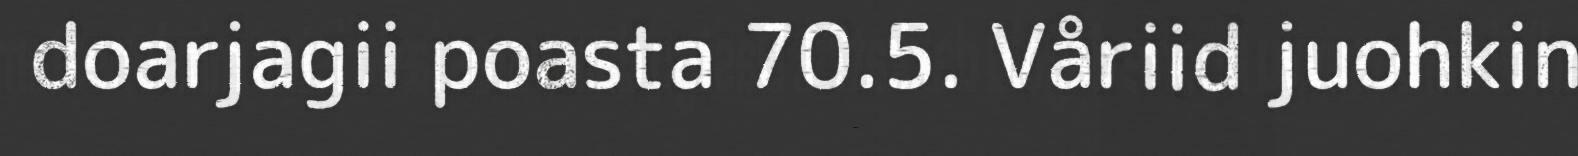
doarjagii poasta 70.5. Våriid juohkin